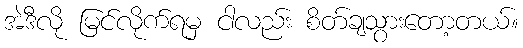
အဲဒီလို မြင်လိုက်ရမှ ငါလည်း စိတ်ချသွားတော့တယ်။